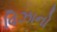
વિઝાનો